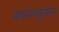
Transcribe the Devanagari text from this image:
नंगानंगकुमार